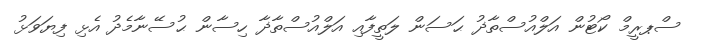
ސްޕރީމް ކޯޓުން އަލްއުސްތާޛު ޙަސަން ލަތީފާއި އަލްއުސްތާޛާ ހިސާން ޙުސޭނާމެދު އެޅި ފިޔަވަޅު